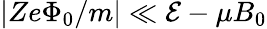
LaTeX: |Ze\Phi_{0}/m|\ll\mathcal{E}-\mu B_{0}